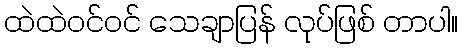
ထဲထဲဝင်ဝင် သေချာပြန် လုပ်ဖြစ် တာပါ။